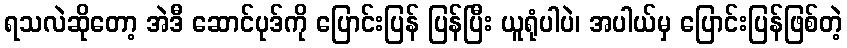
ရသလဲဆိုတော့ အဲဒီ ဆောင်ပုဒ်ကို ပြောင်းပြန် ပြန်ပြီး ယူရုံပါပဲ၊ အပါယ်မှ ပြောင်းပြန်ဖြစ်တဲ့